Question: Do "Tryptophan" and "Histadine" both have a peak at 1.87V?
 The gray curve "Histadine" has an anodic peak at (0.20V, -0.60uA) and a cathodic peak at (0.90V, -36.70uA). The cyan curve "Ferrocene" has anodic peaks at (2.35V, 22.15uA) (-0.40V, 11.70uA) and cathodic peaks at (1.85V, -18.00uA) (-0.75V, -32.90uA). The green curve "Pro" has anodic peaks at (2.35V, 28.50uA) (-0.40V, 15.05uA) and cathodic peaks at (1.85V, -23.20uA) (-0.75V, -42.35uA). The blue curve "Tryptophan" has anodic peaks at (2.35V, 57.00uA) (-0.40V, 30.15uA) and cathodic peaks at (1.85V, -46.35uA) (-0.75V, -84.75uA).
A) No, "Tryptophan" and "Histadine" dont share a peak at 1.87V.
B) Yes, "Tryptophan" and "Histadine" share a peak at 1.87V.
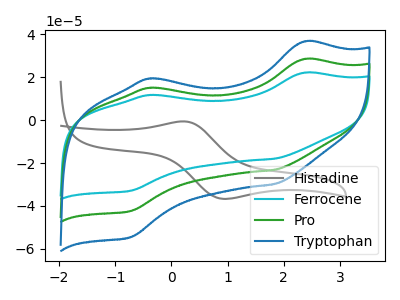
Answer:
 <answer>A) No, "Tryptophan" and "Histadine" dont share a peak at 1.87V.</answer>
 <eval>A</eval>